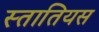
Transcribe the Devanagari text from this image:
स्तातियस